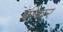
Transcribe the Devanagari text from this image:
बल्वर